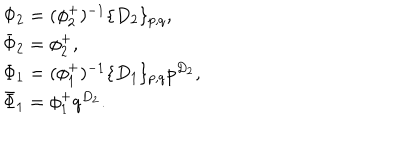
LaTeX: \begin{array} { l } { { \Phi _ { 2 } = ( \phi _ { 2 } ^ { + } ) ^ { - 1 } \{ D _ { 2 } \} _ { p , q } , } } \\ { { \bar { \Phi } _ { 2 } = \phi _ { 2 } ^ { + } , } } \\ { { \Phi _ { 1 } = ( \phi _ { 1 } ^ { + } ) ^ { - 1 } \{ D _ { 1 } \} _ { p , q } p ^ { D _ { 2 } } , } } \\ { { \bar { \Phi } _ { 1 } = \phi _ { 1 } ^ { + } q ^ { D _ { 2 } } . } } \\ \end{array}